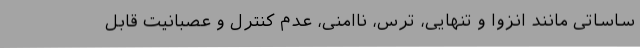
ساساتی مانند انزوا و تنهایی، ترس، ناامنی، عدم کنترل و عصبانیت قابل